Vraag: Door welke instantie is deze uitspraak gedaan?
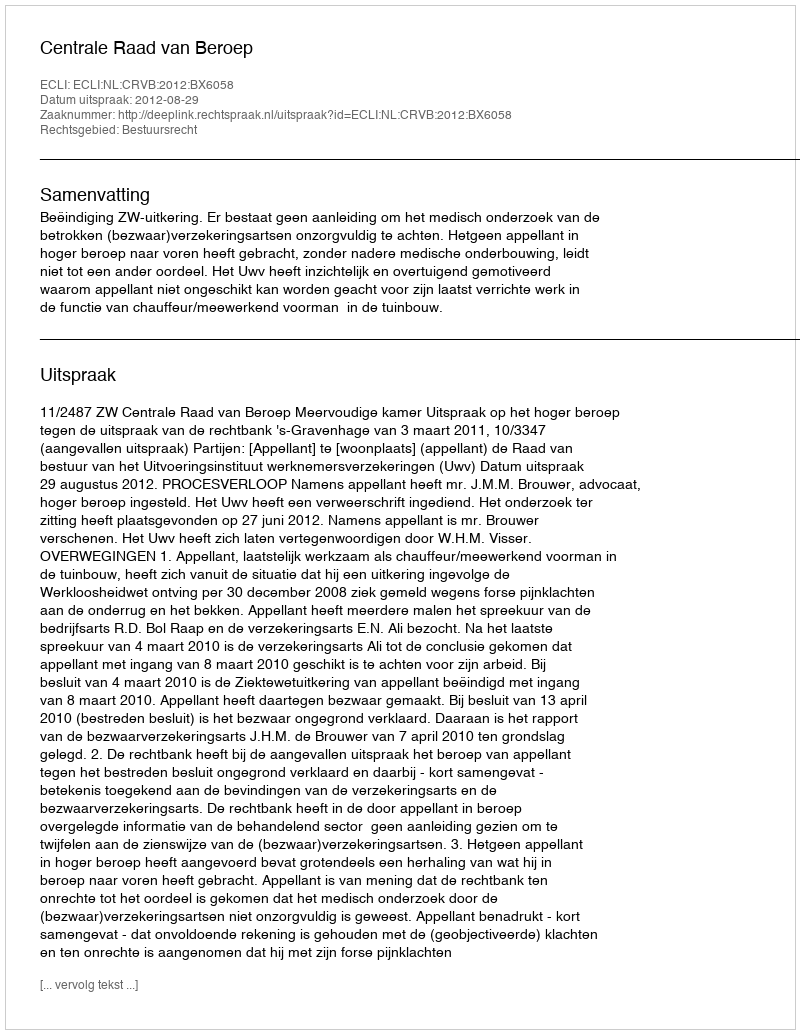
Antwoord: Centrale Raad van Beroep